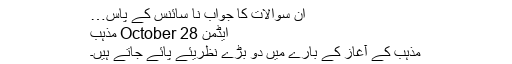
ان سوالات کا جواب نا سائنس کے پاس…
ایڈمن 28 October مذہب
مذہب كے آغاز كے بارے میں دو بڑے نظریئے پائے جاتے ہیں۔